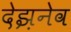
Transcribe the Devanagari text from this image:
देझ़नेव